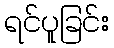
ရင်ပူခြင်း